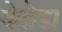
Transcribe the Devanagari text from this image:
बेतोडा